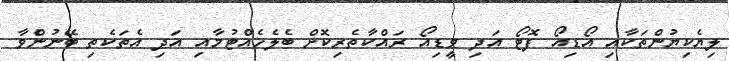
ލިޔެކިޔުންތަކާއި އޯޑިއޯ ފޮޓޯ އަދި ވީޑިއޯ ރައްކާތެރިކޮށް ބެލެހެއްޓުމާއި އަދި އެތަކެތި ބޭނުންވާ